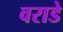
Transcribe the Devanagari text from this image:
वराडे